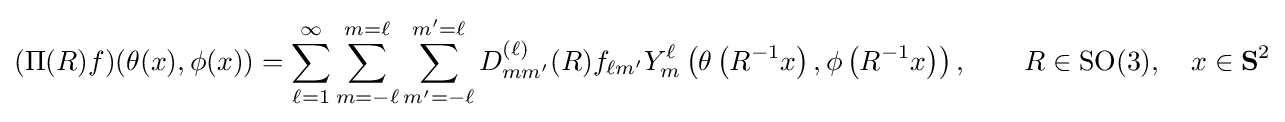
(\Pi (R)f)(\theta (x),\phi (x))=\sum _{\ell =1}^{\infty }\sum _{m=-\ell }^{m=\ell }\sum _{m'=-\ell }^{m'=\ell }D_{mm'}^{(\ell )}(R)f_{\ell m'}Y_{m}^{\ell }\left(\theta \left(R^{-1}x\right),\phi \left(R^{-1}x\right)\right),\qquad R\in \operatorname {SO} (3),\quad x\in \mathbf {S} ^{2}